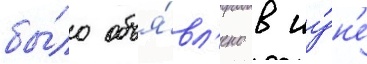
бы́ло объя́вл'ено в иу́н'е